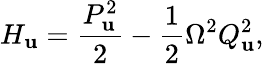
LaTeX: H_{\mathbf{u}}=\frac{{P_{\mathbf{u}}^{2}}}{{2}}-\frac{{1}}{{2}}\Omega^{2}Q_{\mathbf{u}}^{2},